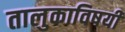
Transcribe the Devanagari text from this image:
तालुकाविषयी